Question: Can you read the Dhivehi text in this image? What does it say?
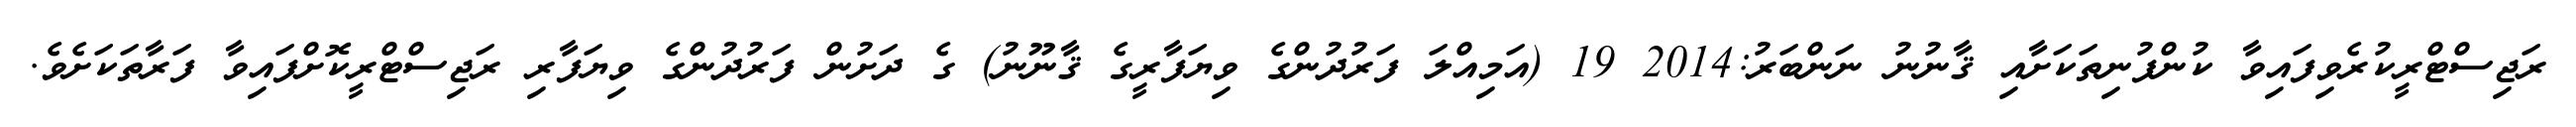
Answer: ރަޖިސްޓްރީކުރެވިފައިވާ ކުންފުނިތަކަށާއި ޤާނުނު ނަންބަރު:2014 19 (އަމިއްލަ ފަރުދުންގެ ވިޔަފާރީގެ ޤާނޫނު) ގެ ދަށުން ފަރުދުންގެ ވިޔަފާރި ރަޖިސްޓްރީކޮށްފައިވާ ފަރާތަކަށެވެ.